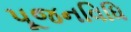
પૂજનવિધિ